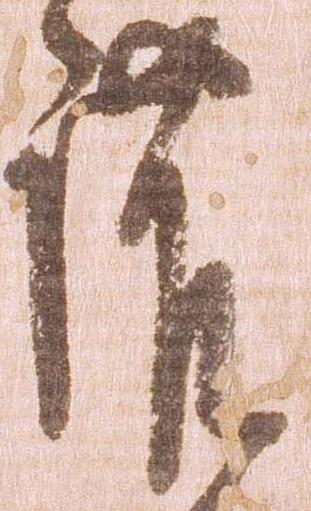
護